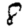
Digit: 8